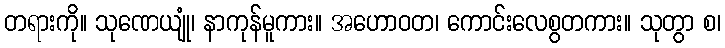
တရားကို။ သုဏေယျုံ၊ နာကုန်မူကား။ အဟောဝတ၊ ကောင်းလေစွတကား။ သုတွာ စ၊